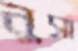
নুসা